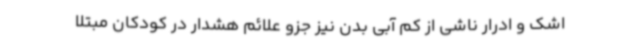
اشک و ادرار ناشی از کم آبی بدن نیز جزو علائم هشدار در کودکان مبتلا